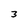
Character: 3